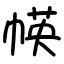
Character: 㡕